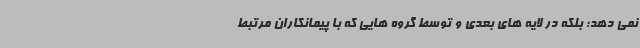
نمی دهد؛ بلکه در لایه های بعدی و توسط گروه هایی که با پیمانکاران مرتبط